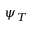
\psi _ { T }